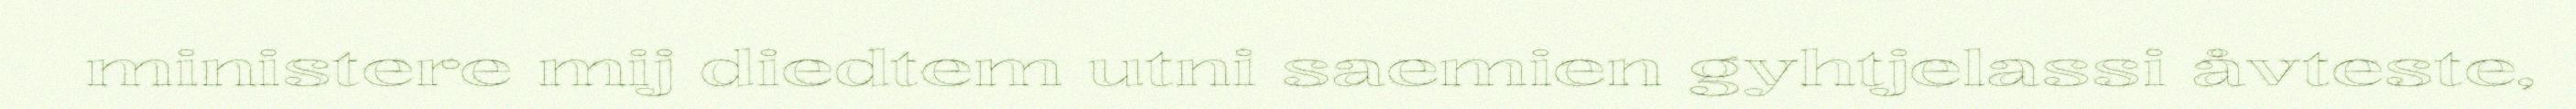
ministere mij diedtem utni saemien gyhtjelassi åvteste,